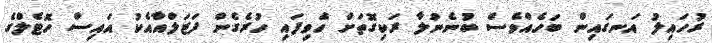
ރުހައިލު އަނގައިން ބަހެއްވެސް ބުނެނުލާ ރަކިގޮތަށް ހެވިފައި ހުރެގެން ފަޒަލްއާއެކު އައިސް ހޮޓެލްގެ